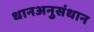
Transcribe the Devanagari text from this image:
धानअनुसंधान